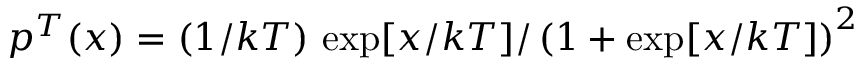
p ^ { T } ( x ) = ( 1 / k T ) \, \exp [ x / k T ] / \left( 1 + \exp [ x / k T ] \right) ^ { 2 }